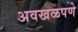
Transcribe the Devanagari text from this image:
अवखळपणे